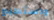
واستطيع